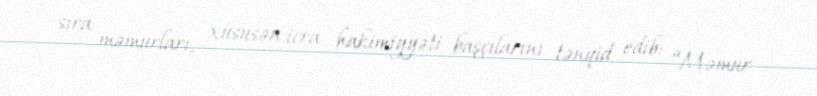
sıra məmurları, xüsusən icra hakimiyyəti başçılarını tənqid edib: “Məmur